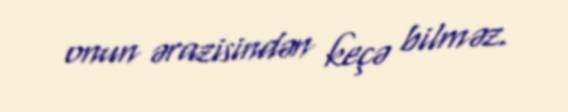
onun ərazisindən keçə bilməz.